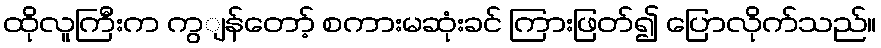
ထိုလူကြီးက ကွျန်တော့် စကားမဆုံးခင် ကြားဖြတ်၍ ပြောလိုက်သည်။